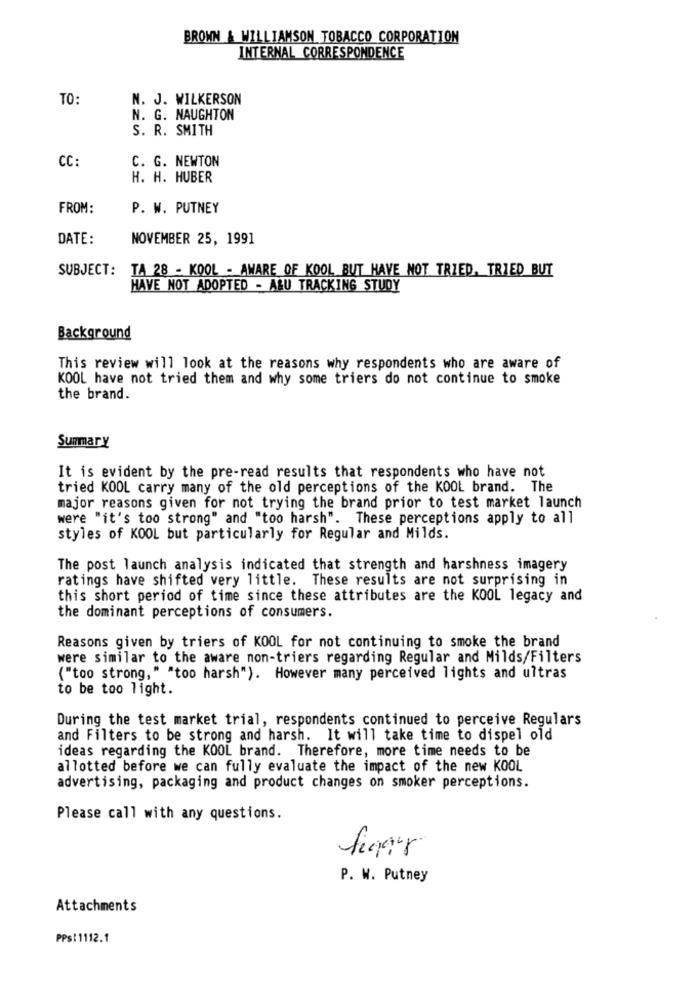
BROWN & WILLIAMSON TOBACCO CORPORATION
INTERNAL CORRESPONDENCE
TO:
N. J. WILKERSON
N. G. NAUGHTON
S. R. SMITH
CC:
C. G. NEWTON
H. H. HUBER
FROM:
P. W. PUTNEY
DATE:
NOVEMBER 25, 1991
SUBJECT:
TA 28 - KOOL - AWARE OF KOOL BUT HAVE NOT TRIED. TRIED BUT
HAVE NOT ADOPTED - A&U TRACKING STUDY
Background
This review will look at the reasons why respondents who are aware of
KOOL have not tried them and why some triers do not continue to smoke
the brand.
Summary
It is evident by the pre-read results that respondents who have not
tried KOOL carry many of the old perceptions of the KOOL brand. The
major reasons given for not trying the brand prior to test market launch
were "it's too strong" and "too harsh". These perceptions apply to all
styles of KOOL but particularly for Regular and Milds.
The post launch analysis indicated that strength and harshness imagery
ratings have shifted very little. These results are not surprising in
this short period of time since these attributes are the KOOL legacy and
the dominant perceptions of consumers.
Reasons given by triers of KOOL for not continuing to smoke the brand
were similar to the aware non-triers regarding Regular and Milds/Filters
("too strong," "too harsh"). However many perceived lights and ultras
to be too light.
During the test market trial, respondents continued to perceive Regulars
and Filters to be strong and harsh. It will take time to dispel old
ideas regarding the KOOL brand. Therefore, more time needs to be
allotted before we can fully evaluate the impact of the new KOOL
advertising, packaging and product changes on smoker perceptions.
Please call with any questions.
finner
P. W. Putney
Attachments
PPs:1112.1